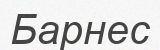
Барнес